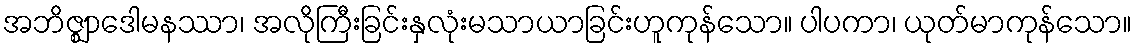
အဘိဇ္ဈာဒေါမနဿာ၊ အလိုကြီးခြင်းနှလုံးမသာယာခြင်းဟူကုန်သော။ ပါပကာ၊ ယုတ်မာကုန်သော။